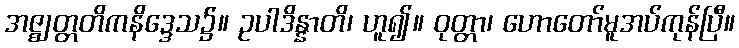
အဇ္ဈတ္တတိကနိဒ္ဒေသ၌။ ဥပါဒိန္နာတိ၊ ဟူ၍။ ဝုတ္တာ၊ ဟောတော်မူအပ်ကုန်ပြီ။